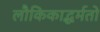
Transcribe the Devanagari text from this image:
लौकिकाद्धर्मतो